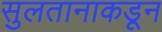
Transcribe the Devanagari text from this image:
सुलतानाकडून